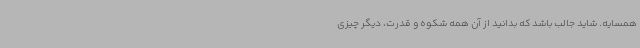
همسایه. شاید جالب باشد که بدانید از آن همه شکوه و قدرت، دیگر چیزی